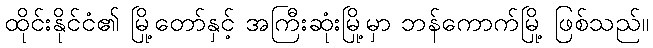
ထိုင်းနိုင်ငံ၏ မြို့တော်နှင့် အကြီးဆုံးမြို့မှာ ဘန်ကောက်မြို့ ဖြစ်သည်။